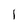
Character: 1